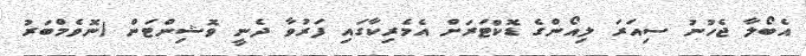
އެބޯލާ ޖެހުނު ސިއަރަ ލިއޯންގެ ޑޮކްޓަރަށް އެމެރިކާގައި ފަރުވާ ދެނީ ވޮޝިންޓަން (ނޮވެމްބަރު